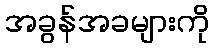
အခွန်အခများကို